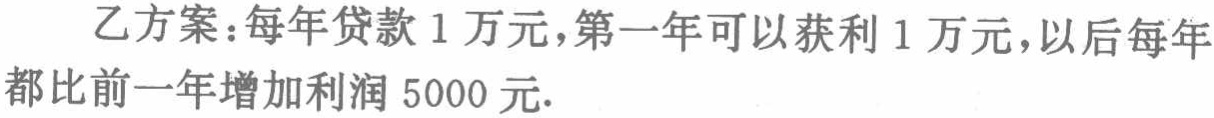
乙方案：每年贷款 1 万元，第一年可以获利 1 万元，以后每年都比前一年增加利润 5000 元.